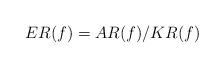
LaTeX: \begin{align*} ER(f)=AR(f)/KR(f)\end{align*}